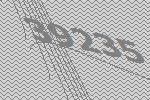
39235